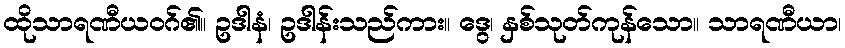
ထိုသာရဏီယဝဂ်၏။ ဥဒါနံ၊ ဥဒါန်းသည်ကား။ ဒွေ၊ နှစ်သုတ်ကုန်သော။ သာရဏီယာ၊